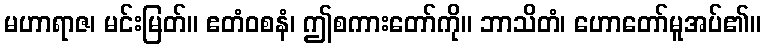
မဟာရာဇ၊ မင်းမြတ်။ ဧတံဝစနံ၊ ဤစကားတော်ကို။ ဘာသိတံ၊ ဟောတော်မူအပ်၏။